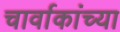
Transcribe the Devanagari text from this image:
चार्वाकांच्या